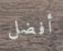
أفضل